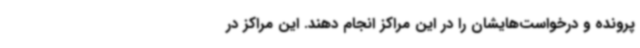
پرونده و درخواست‌هایشان را در این مراکز انجام دهند. این مراکز در